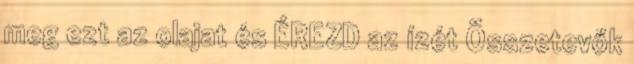
meg ezt az olajat és ÉREZD az ízét Összetevők